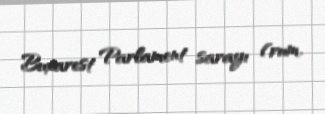
Buxarest Parlament sarayı (rum.